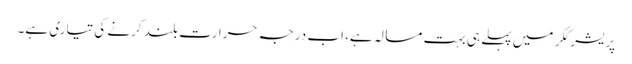
پریشر ککر میں پہلے ہی بہت مسالہ ہے، اب درجہ حرارت بلند کرنے کی تیاری ہے۔